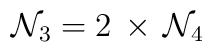
{\cal N}_3 = 2 \, \times \, {\cal N}_4